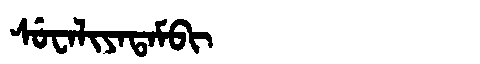
Manchu: ᠰᡠᠸᠠᠯᡳᠶᠠᡨᠠᠮᠪᡳ
Romanization: SUWALIYATAMBI